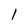
Character: 1